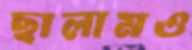
ছালামও